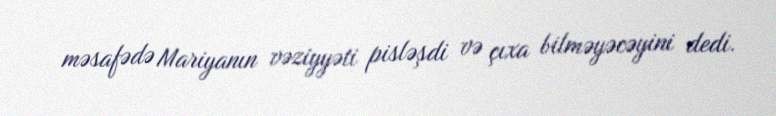
məsafədə Mariyanın vəziyyəti pisləşdi və çıxa bilməyəcəyini dedi.